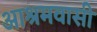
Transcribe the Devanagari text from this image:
आश्रमवासी